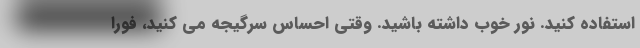
استفاده کنید. نور خوب داشته باشید. وقتی احساس سرگیجه می کنید، فوراً